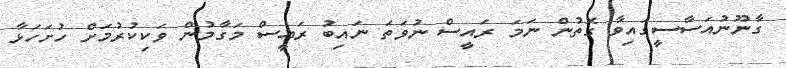
ގާނޫނުއަސާސީގައިވާ ގޮތުން ނަމަ ރައީސް ނުވަތަ ނައިބު ރައީސް މަގާމުން ވަކިކުރުމަށް ހުށަހަޅާ